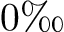
0 \mathrm { \textperthousand }